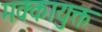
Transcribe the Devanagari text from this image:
मक्कायुक्त